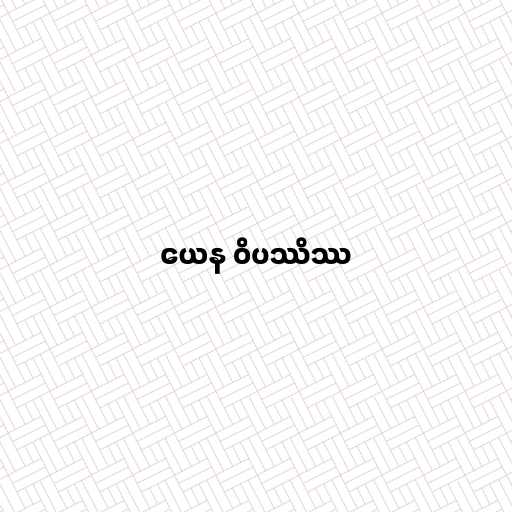
ယေန ဝိပဿိဿ